Kallis,_Oskar, lk 7
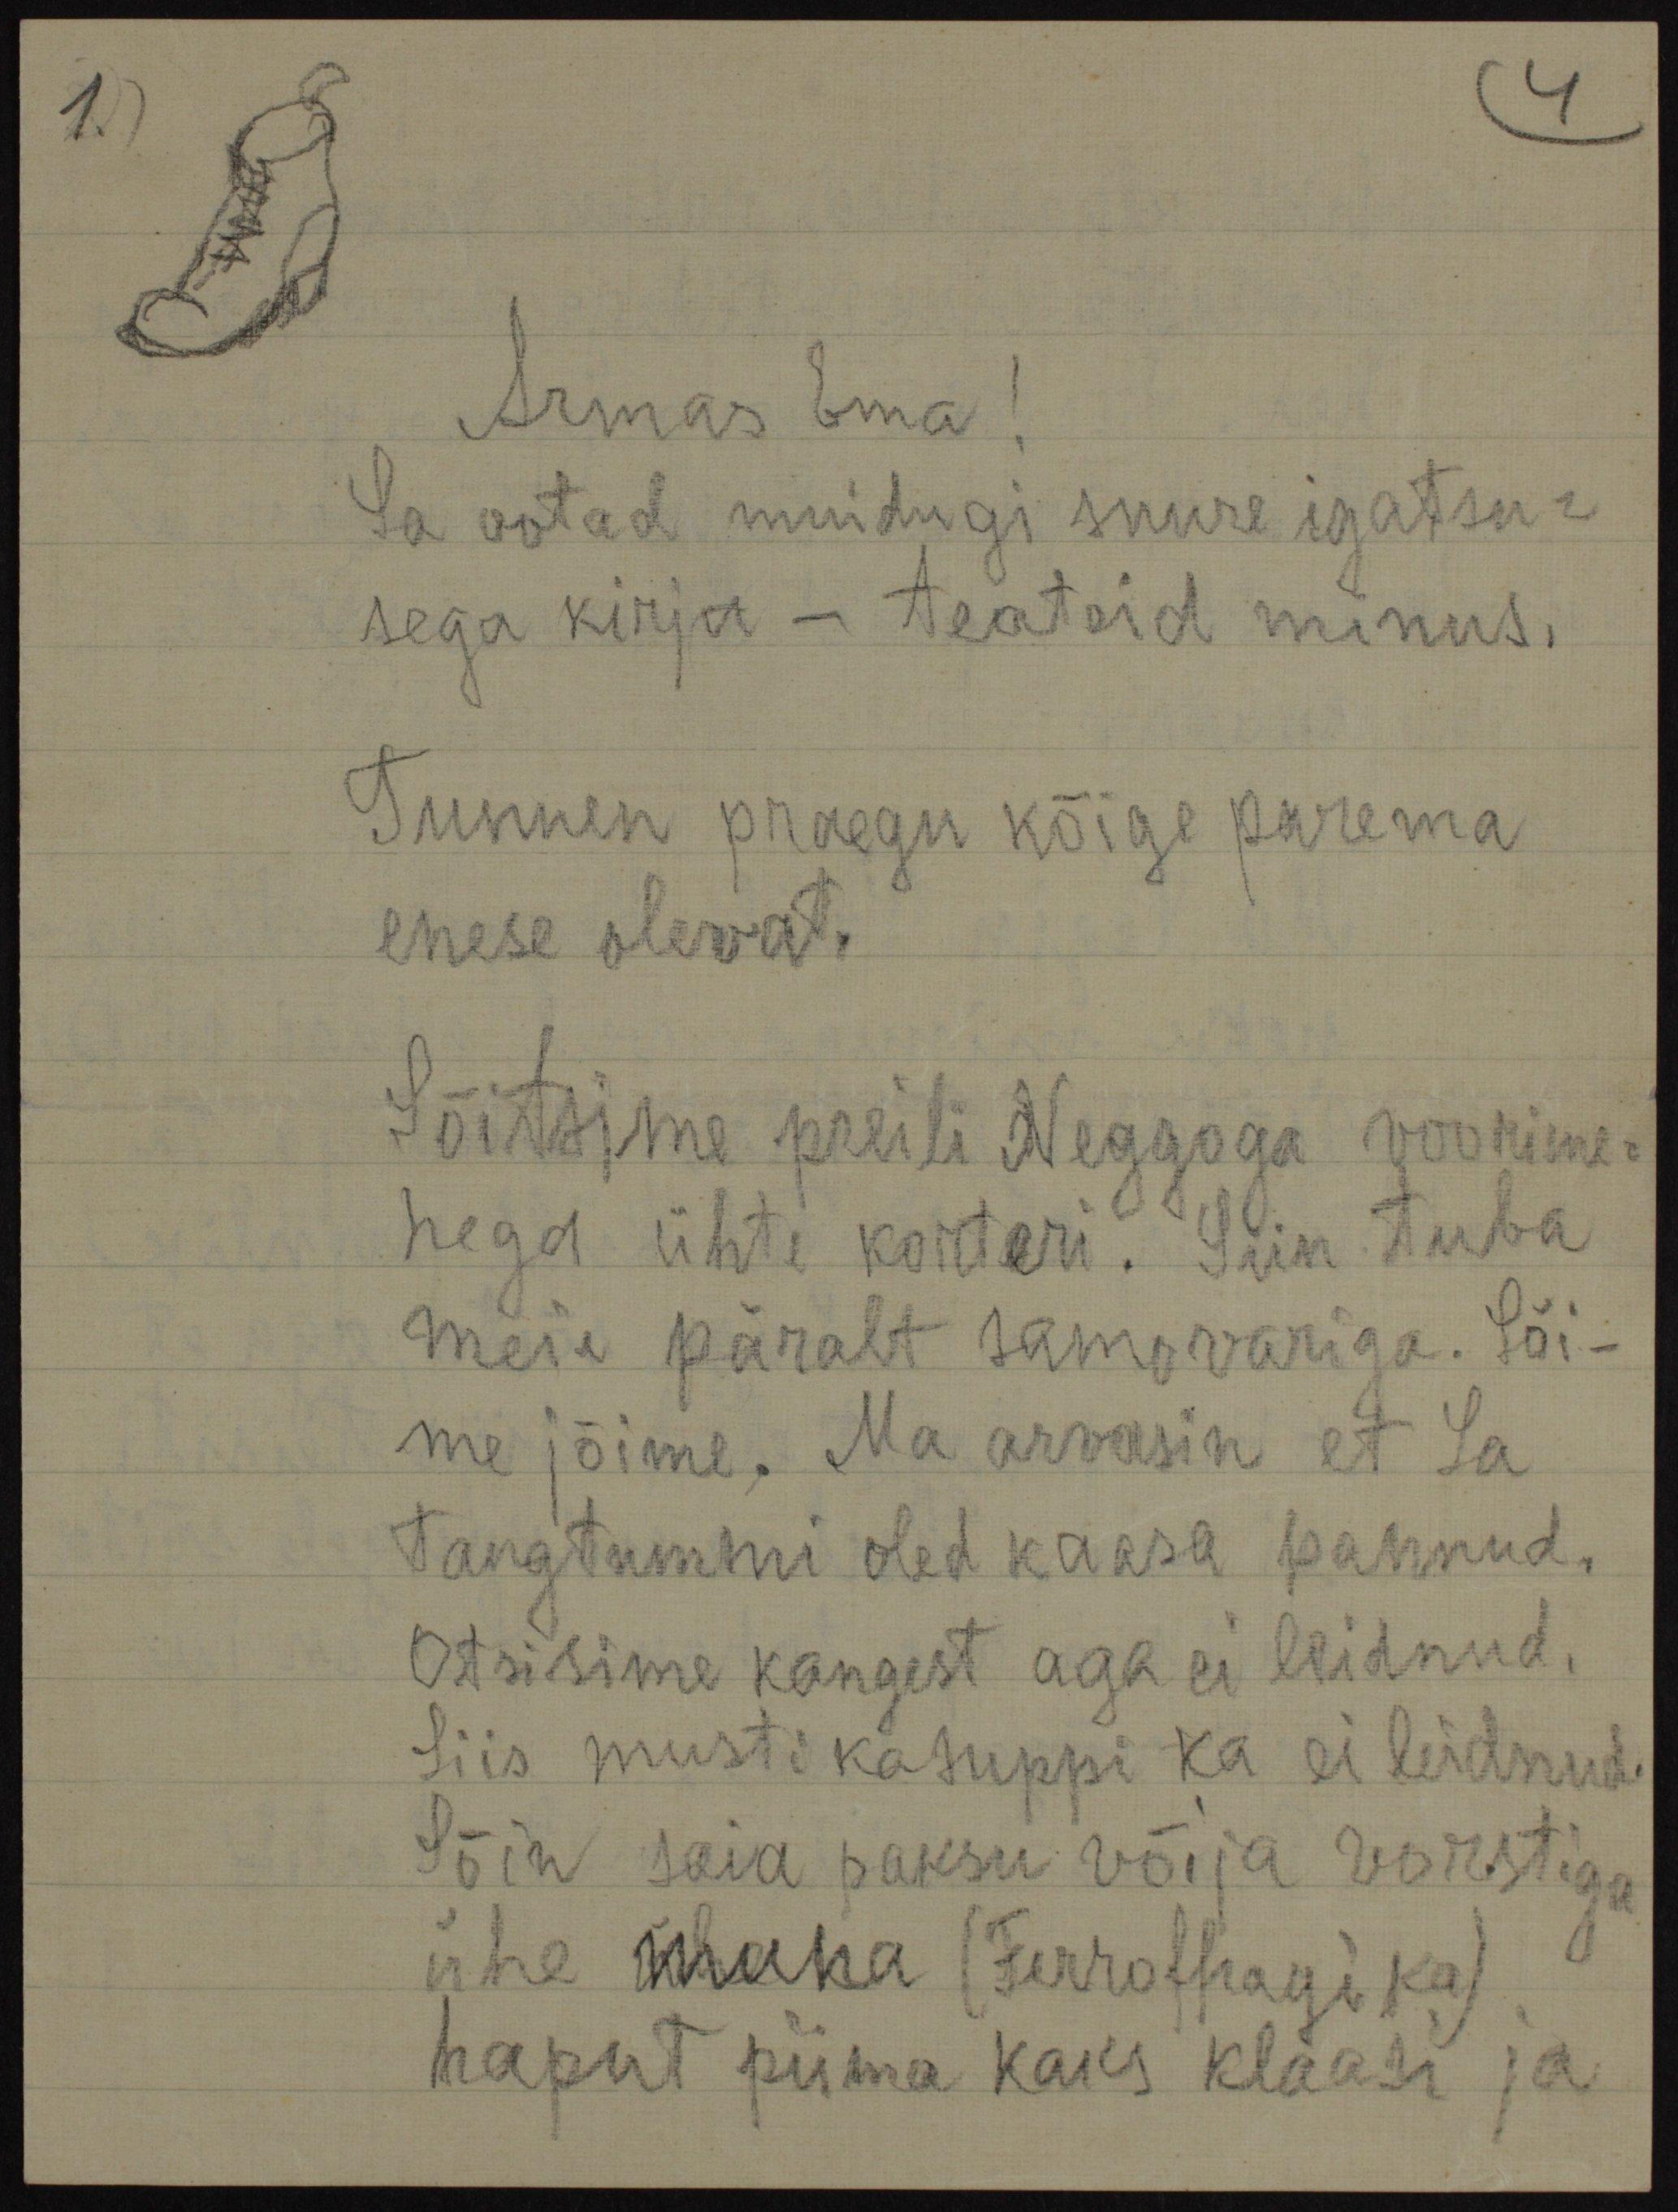
Armas Ema!
Sa ootad muidugi suure igatsu-
sega kirja - teateid minus.
Tunnen praegu kõige parema
enese olevat.
Sõitsime preili Neggoga voorime-
hega ühte korteri. Siin tuba
meie päralt samovariga. Sõi-
me jõime. Ma arvasin et La
Tangtummi oled kaasa pannud.
Otsisime kangest aga ei leidnud.
Siis mustikasuppi ka ei leidnud.
Sõin saia paksu võija vorstiga
ühe muna (Ferroffragi ka)
haput piima kaks klaasi ja